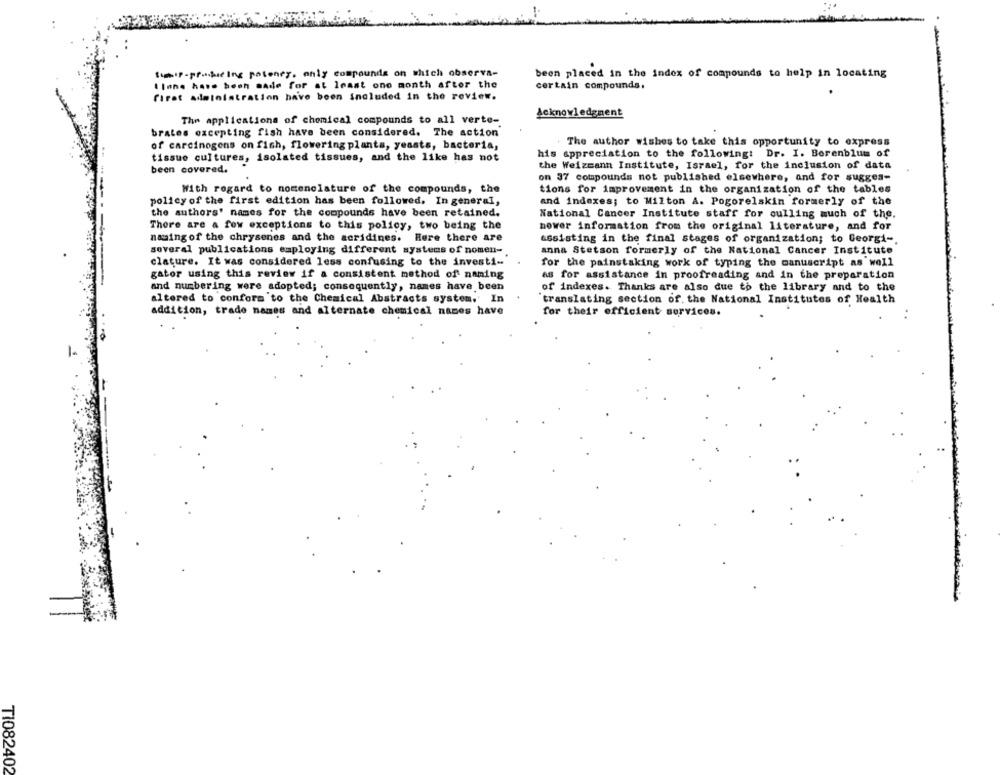
Simif-prishiding pateney, only compounds on which observa-
been placed in the index of compounds to help in locating
tinne hawe bech made for at least one month after the
certain compounds,
firat administration have been included in the review.
Acknowledgment
The applications of chemical compounds to all verte-
brates excepting fish have been considered. The action
of carcinogens on fish, flowering plants, yeasts, bacteria,
The author wishes to take this opportunity to express
his appreciation to the following: Dr. I. Berenblum of
tissue cultures, isolated tissues, and the like has not
been covered.
the Weizmann Institute, Israel, for the inclusion of data
on 37 compounds not published elsewhere, and for sugges-
With regard to nomenclature of the compounds, the
tions for improvement in the organization of the tables
policy of the first edition has been followed. In general,
and indexes; to Milton A. Pogorelskin formerly of the
the authors' names for the compounds have been retained.
National Cancer Institute staff for oulling much of the.
There are a few exceptions to this policy, two being the
nower information from the original literature, and for
naming of the chrysenes and the acridines. Here there are
assisting in the final stages of organization; to Georgi -.
several publications employing different systems of nomen-
anna Stetson formerly of the National Cancer Institute
clature. It was considered less confusing to the investi-
for the painstaking work of typing the manuscript as well
gator using this review if a consistent method of naming
as for assistance in proofreading and in the preparation
and numbering were adopted; consequently, names have been
of indexes. Thanks are also due to the library and to the
altered to conform to the Chemical Abstracts system. In
translating section of. the National Institutes of Health
for their efficient services.
addition, trade names and alternate chemical names have
TI082402